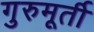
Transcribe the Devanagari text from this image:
गुरुमूर्ती